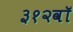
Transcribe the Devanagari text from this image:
३१२वॉ